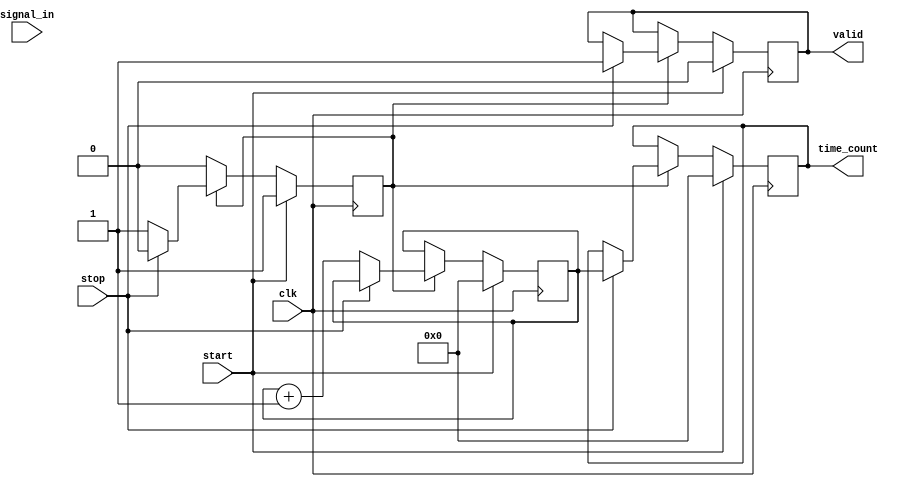
module TDC (
    input wire clk,                // Clock input from PLL
    input wire start,              // Start signal for measurement
    input wire stop,               // Stop signal for measurement
    input wire signal_in,          // Input signal to measure time interval
    output reg [15:0] time_count,  // Measured time interval in digital format
    output reg valid               // Valid output flag
);

    // Parameters
    parameter DELAY_LINE_SIZE = 16; // Number of delay elements
    reg [DELAY_LINE_SIZE-1:0] delay_line; // Delay line output
    reg [15:0] counter;            // Time counter
    reg measuring;                 // Measurement state flag

    // Event detection logic
    reg signal_in_d;               // Delayed input signal
    always @(posedge clk) begin
        signal_in_d <= signal_in;  // Edge detection on input signal
    end

    // Measurement Control
    always @(posedge clk) begin
        if (start) begin
            measuring <= 1'b1;      // Start measurement
            counter <= 16'b0;       // Reset counter
            time_count <= 16'b0;    // Clear time count
            valid <= 1'b0;          // Invalid output initially
        end else if (measuring) begin
            if (stop) begin
                measuring <= 1'b0;   // Stop measurement
                time_count <= counter; // Latch counter value
                valid <= 1'b1;       // Indicate valid output
            end else begin
                counter <= counter + 1; // Increment counter
            end
        end
    end

    // Delay Line Logic
    always @(posedge clk) begin
        if (signal_in) begin
            delay_line <= {delay_line[DELAY_LINE_SIZE-2:0], 1'b1}; // Shift in new signal
        end else begin
            delay_line <= {delay_line[DELAY_LINE_SIZE-2:0], 1'b0}; // Shift out
        end
    end

endmodule